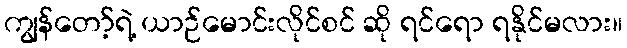
ကျွန်တော့်ရဲ့ ယာဉ်မောင်းလိုင်စင် ဆို ရင်ရော ရနိုင်မလား။